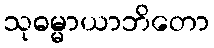
သုဓမ္မာယာဘိတော